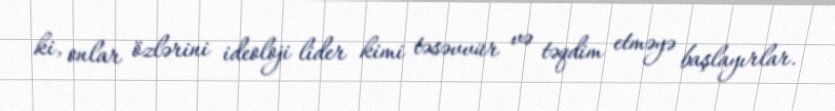
ki, onlar özlərini ideoloji lider kimi təsəvvür və təqdim etməyə başlayırlar.